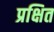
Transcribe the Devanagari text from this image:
प्रक्षित